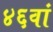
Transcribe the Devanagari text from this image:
४६वां